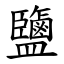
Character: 鹽